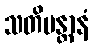
သတိမန္တာနံ